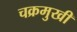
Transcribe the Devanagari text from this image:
चक्रमुखी